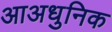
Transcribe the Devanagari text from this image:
आअधुनिक